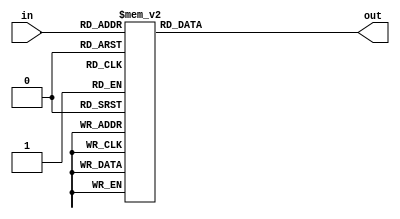
module hexdigit (
   input wire [3:0] in,
   output reg [6:0] out);

   always @* begin
        out = 7'b1111111;

	case (in)
		4'h0: begin
				out = 7'b1000000;
		end 4'h1: begin
				out = 7'b1111001;
		end 4'h2: begin
				out = 7'b0100100;
		end 4'h3: begin
				out = 7'b0110000;
		end 4'h4: begin
				out = 7'b0011001;
		end 4'h5: begin
				out = 7'b0010010;
		end 4'h6: begin
				out = 7'b0000010;
		end 4'h7: begin
				out = 7'b1111000;
		end 4'h8: begin
				out = 7'b0000000;
		end 4'h9: begin
				out = 7'b0011000;
		end 4'hA: begin
				out = 7'b0001000;
		end 4'hB: begin
				out = 7'b0000011;
		end 4'hC: begin
				out = 7'b1000110;
		end 4'hD: begin
				out = 7'b0100001;
		end 4'hE: begin
				out = 7'b0000110;
		end 4'hF: begin
				out = 7'b0001110;
		end
		
	endcase
	
	end

endmodule